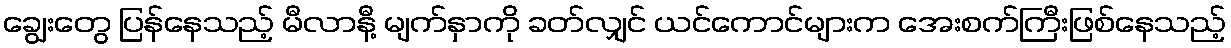
ချွေးတွေ ပြန်နေသည့် မီလာနီ့ မျက်နှာကို ခတ်လျှင် ယင်ကောင်များက အေးစက်ကြီးဖြစ်နေသည့်